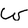
Character: w